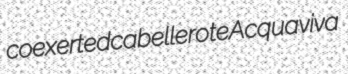
coexerted cabellerote Acquaviva